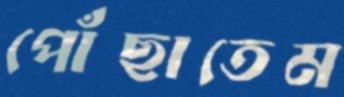
পোঁছাতেম